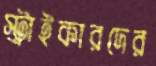
স্ট্রাইকারদের